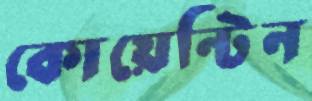
কোয়েন্টিন